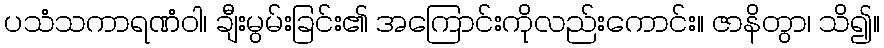
ပသံသကာရဏံဝါ၊ ချီးမွမ်းခြင်း၏ အကြောင်းကိုလည်းကောင်း။ ဇာနိတွာ၊ သိ၍။